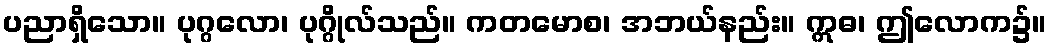
ပညာရှိသော။ ပုဂ္ဂလော၊ ပုဂ္ဂိုလ်သည်။ ကတမောစ၊ အဘယ်နည်း။ ဣဓ၊ ဤလောက၌။